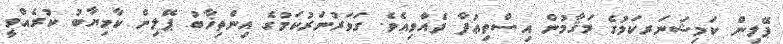
ޕޭލިން ކަމިޝަނަރކަމުގެ މަޤާމުން އިސްތިޢުފާ ދެއްވިއެވެ. ގަވަރުނަރުކަމުގެ އިންތިޚާބު ޕޭލިން ކާމިޔާބު ކުރެއްވީ